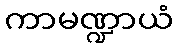
ကာမဏ္ဍာယံ